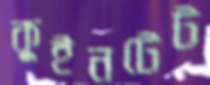
কুইনটেট